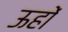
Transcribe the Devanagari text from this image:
ऊहों